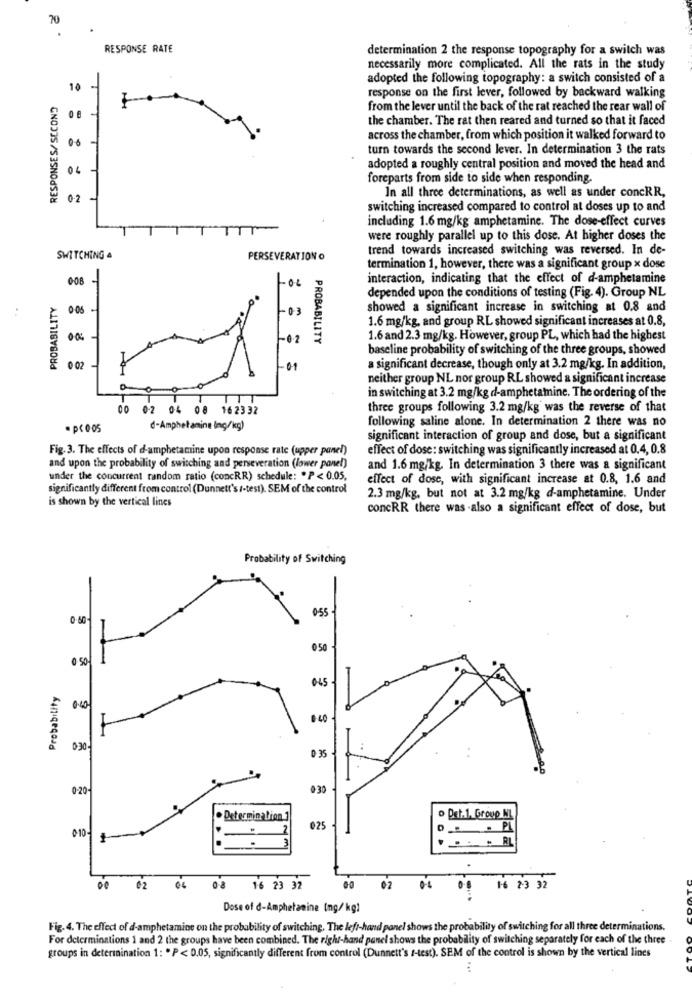
70
.
RESPONSE RATE
determination 2 the response topography for a switch was
necessarily more complicated. All the rats in the study
adopted the following topography: a switch consisted of a
10
RESPONSES/SECOND
response on the first lever, followed by backward walking
from the lever until the back of the rat reached the rear wall of
the chamber. The rat then reared and turned so that it faced
across the chamber, from which position it walked forward to
turn towards the second lever. In determination 3 the rats
04
adopted a roughly central position and moved the head and
foreparts from side to side when responding.
0-2
==== =
In all three determinations, as well as under concRR,
switching increased compared to control at doses up to and
including 1.6 mg/kg amphetamine. The dose-effect curves
were roughly parallel up to this dose. At higher doses the
trend towards increased switching was reversed. In de-
SWITCHING &
PERSEVERATION O
termination 1, however, there was a significant group x dose
008 -
-06
interaction, indicating that the effect of d-amphetamine
PROBABILITY
depended upon the conditions of testing (Fig. 4). Group NL
showed a significant increase in switching at 0.8 and
1.6 mg/kg, and group RL showed significant increases at 0.8,
PROBABILITY
1.6 and 2.3 mg/kg. However, group PL, which had the highest
baseline probability of switching of the three groups, showed
0 02
-01
a significant decrease, though only at 3.2 mg/kg. In addition,
neither group NL nor group RL showed a significant increase
in switching at 3.2 mg/kg d-amphetamine. The ordering of the
TTT
00 02 04 08 162332
three groups following 3.2 mg/kg was the reverse of that
following saline alone. In determination 2 there was no
. p< 0.05
d-Amphetamine Inç/kg)
significant interaction of group and dose, but a significant
Fig. 3. The effects of d-amphetamine upon response rate (upper panel)
effect of dose: switching was significantly increased at 0.4, 0.8
and upon the probability of switching and perseveration (lower panel)
and 1.6 mg/kg. In determination 3 there was a significant
under the concurrent random ratio (concRR) schedule: "P< 0.05,
effect of dose, with significant increase at 0.8, 1.6 and
significantly different from control (Dunnett's /-test). SEM of the control
is shown by the vertical lines
2.3 mg/kg, but not at 3.2 mg/kg d-amphetamine. Under
concRR there was -also a significant effect of dose, but
Probability of Switching
0.50
0.55
050
045
Probability
0.40
0.40
0:30
0.35
0-20-
0.39
. Determination 1
o Det.1. Group NL
0 10-
025
PL
RL
00
02
08 16 23 32
00 02
16 2-3 32
Dose of d-Amphetamine (ng/ kg)
Fig. 4. The effect of d-amphetamine on the probability of switching. The left-hand panel shows the probability of switching for all three determinations.
For determinations 1 and 2 the groups have been combined. The right-hand panel shows the probability of switching separately for each of the three
groups in determination 1: . P < 0.05, significantly different from control (Dunnett's /-test). SEM of the control is shown by the vertical lines